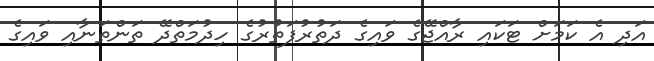
އަދި އެ ކަމަށް ޓަކައި ރާއްޖޭގެ ވައިގެ ދަތުރުފަތުރުގެ ހިދުމަތްދޭ ތަންތަނާއި ވައިގެ